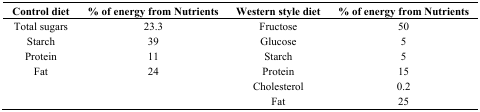
| Control diet | % of energy from Nutrients | Western style diet | % of energy from Nutrients |
 | --- | --- | --- | --- |
 | Total sugars | 23.3 | Fructose | 50 |
 | Starch | 39 | Glucose | 5 |
 | Protein | 11 | Starch | 5 |
 | Fat | 24 | Protein | 15 |
 |  |  | Cholesterol | 0.2 |
 |  |  | Fat | 25 |